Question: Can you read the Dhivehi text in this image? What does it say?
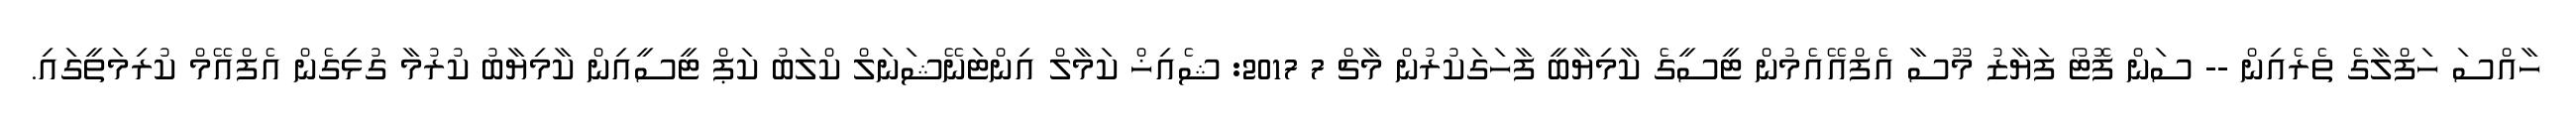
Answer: ހާއްސަ ހަފްލާގެ ތެރެއިން -- ސަން ފޮޓޯ ފަޔާޒު މޫސާ އެފްއޭއެމުން ޓީސީގެ ކާމިޔާބީ ފާހަގަކުރުން މާޗް 7 2017: ޝެއިޚް ކަމާލް އިންޓަނޭޝަނަލް ކްލަބު ކަޕް ޓީސީއިން ކާމިޔާބު ކުރުމާ ގުޅިގެން އެފްއޭމް ކުރިމަތީގައި.